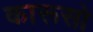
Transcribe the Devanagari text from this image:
कारूसो